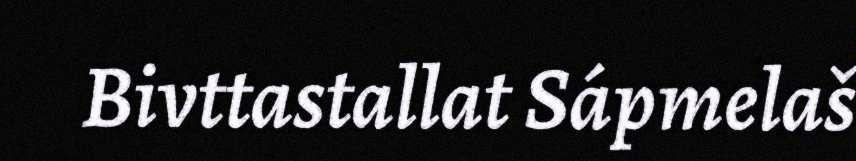
Bivttastallat Sápmelaš